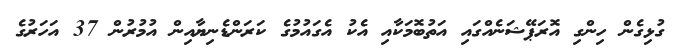
ގުޅިގެން ހިންގި އޮރަޕޭޝަނެއްގައި އަތުބޮމަކާއި އެކު އެގައުމުގެ ކަރަންޑެނިޔާއިން އުމުރުން 37 އަހަރުގެ